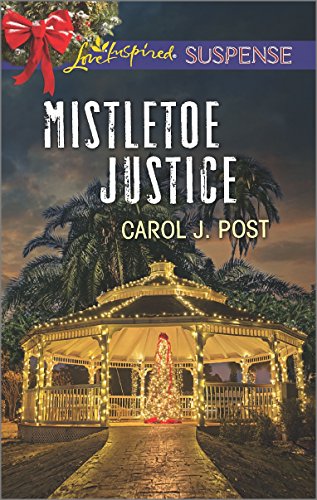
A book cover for Mistletoe Justice (Love Inspired Suspense); Carol J. Post; Romance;